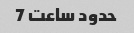
حدود ساعت 7